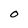
Character: O